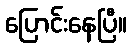
ပြောင်းနေပြီ။